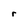
Character: r